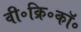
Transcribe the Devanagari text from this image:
वी॰क्रि॰कॉ॰